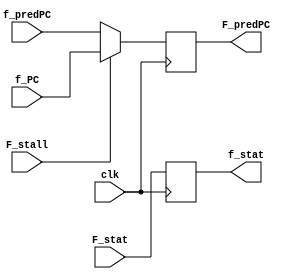
module fetch_reg(clk,F_stall,f_predPC,F_predPC,f_PC,f_stat,F_stat);

input clk;
input F_stall;
input [63:0] f_predPC;
input [63:0] f_PC;
input [3:0] F_stat;
output reg[63:0] F_predPC;
output reg [3:0] f_stat;
//1 [3] AOK, 2 [2] HLT, 3 [1] invalid address, 4 [0] invalid instr

always @(posedge(clk)) begin
    // F_stat = 4'b0001; 
    f_stat <= F_stat;
	if(!F_stall) begin
		F_predPC <= f_predPC;
    end else begin
        F_predPC <= f_PC;
    end
	
end

endmodule